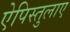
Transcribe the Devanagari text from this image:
ऐपिस्तुलाए